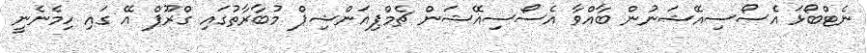
ނެޓްބޯޅަ އެސޯސިއޭޝަނުން ބާއްވާ އެސޯސިއޭޝަން ޗެމްޕިއަންޝިޕް މުބާރާތުގައި ގްރޫޕް އޭ ގައި ހިމެނެނީ